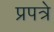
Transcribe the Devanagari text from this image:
प्रपत्रे